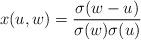
LaTeX: \begin{align*} x(u,w) = {\sigma(w-u) \over{\sigma(w) \sigma(u)}}\end{align*}